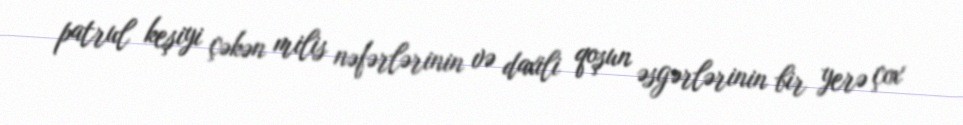
patrul keşiyi çəkən milis nəfərlərinin və daxili qoşun əsgərlərinin bir yerə çox